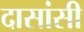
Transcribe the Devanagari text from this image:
दासांसी